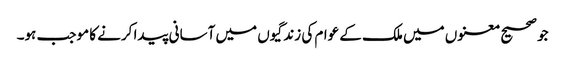
جو صحیح معنوں میں ملک کے عوام کی زندگیوں میں آسانی پیدا کرنے کا موجب ہو۔